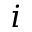
i